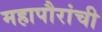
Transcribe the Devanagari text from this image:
महापौरांची